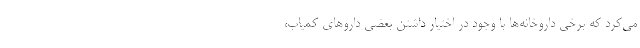
می‌کرد که برخی داروخانه‌ها با وجود در اختیار داشتن بعضی داروهای کمیاب،